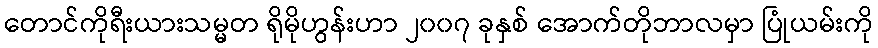
တောင်ကိုရီးယားသမ္မတ ရိုမိုဟွန်းဟာ ၂၀၀၇ ခုနှစ် အောက်တိုဘာလမှာ ပြုံယမ်းကို